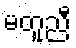
မတူညီ